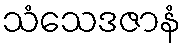
သံသေဒဇာနံ